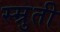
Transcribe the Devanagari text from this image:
स्म्रुती